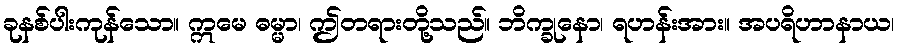
ခုနစ်ပါးကုန်သော။ ဣမေ ဓမ္မာ၊ ဤတရားတို့သည်။ ဘိက္ခုနော၊ ရဟန်းအား။ အပရိဟာနာယ၊